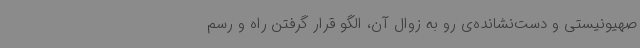
صهیونیستی و دست‌نشانده‌ی رو به زوال آن، الگو قرار گرفتن راه و رسم